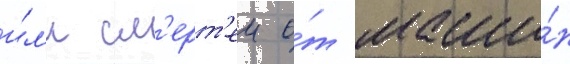
и́л'и см'ерт'еи о́т маши́н